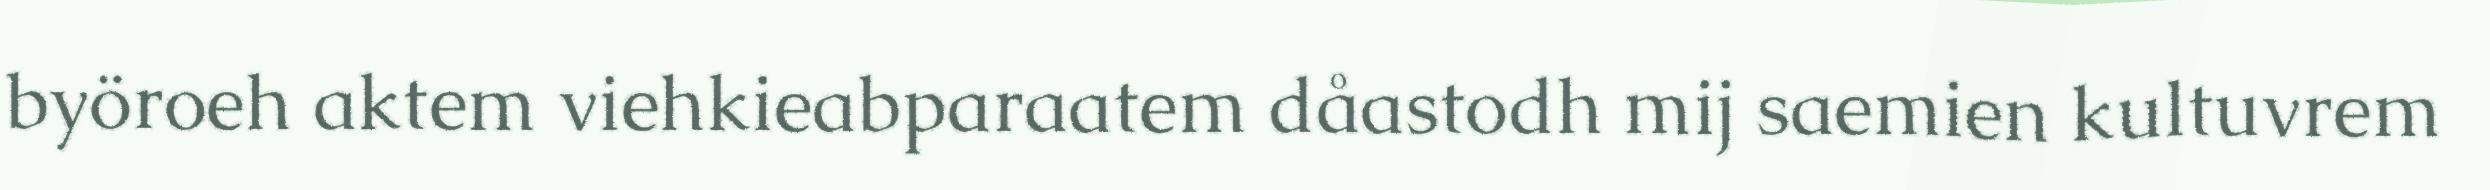
byöroeh aktem viehkieabparaatem dåastodh mij saemien kultuvrem